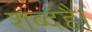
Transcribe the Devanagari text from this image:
शब्दहै।